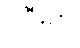
၂ဦးမှာ